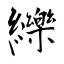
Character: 纅